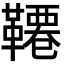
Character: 𩌷